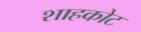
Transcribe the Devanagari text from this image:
शाहकोट